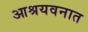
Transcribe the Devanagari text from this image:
आश्रयवनात